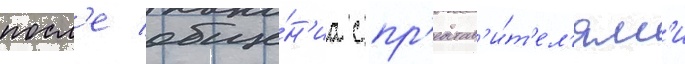
посл'е обще́н'иа с пр'едстав'и́т'ел'ям'и